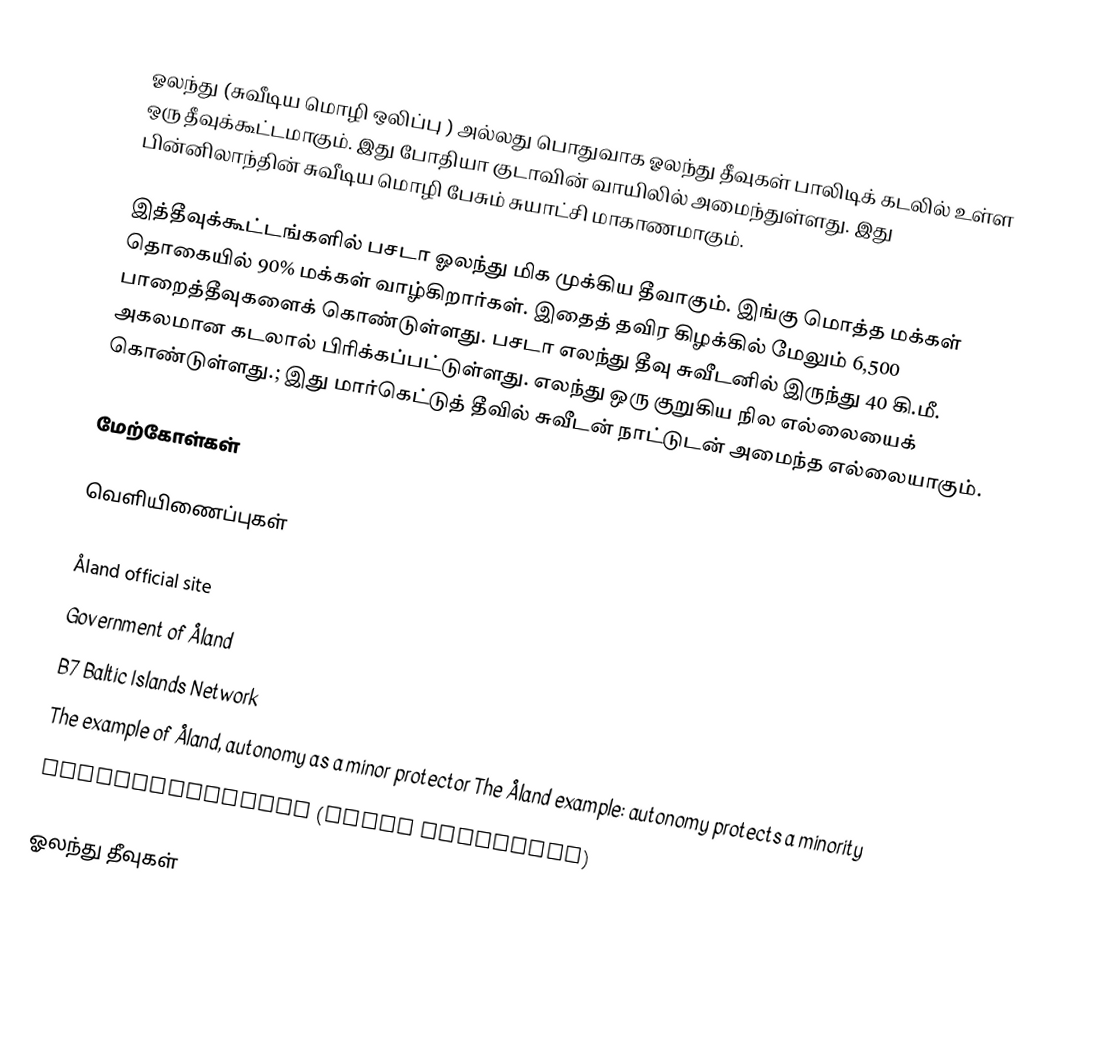
ஓலந்து (சுவீடிய மொழி ஒலிப்பு ) அல்லது பொதுவாக ஓலந்து தீவுகள் பாலிடிக் கடலில் உள்ள ஒரு தீவுக்கூட்டமாகும். இது போதியா குடாவின் வாயிலில் அமைந்துள்ளது. இது பின்னிலாந்தின் சுவீடிய மொழி பேசும் சுயாட்சி மாகாணமாகும்.

இத்தீவுக்கூட்டங்களில் பசடா ஓலந்து மிக முக்கிய தீவாகும். இங்கு மொத்த மக்கள் தொகையில் 90% மக்கள் வாழ்கிறார்கள். இதைத் தவிர கிழக்கில் மேலும் 6,500 பாறைத்தீவுகளைக் கொண்டுள்ளது. பசடா எலந்து தீவு சுவீடனில் இருந்து 40 கி.மீ. அகலமான கடலால் பிரிக்கப்பட்டுள்ளது. எலந்து ஒரு குறுகிய நில எல்லையைக் கொண்டுள்ளது.; இது மார்கெட்டுத் தீவில் சுவீடன் நாட்டுடன் அமைந்த எல்லையாகும்.

மேற்கோள்கள்

வெளியிணைப்புகள்

Åland official site
Government of Åland
B7 Baltic Islands Network
The example of Åland, autonomy as a minor protector The Åland example: autonomy protects a minority
Ålandstidningen (local newspaper)

ஓலந்து தீவுகள்